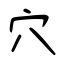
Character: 穴